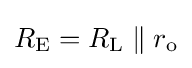
R_{\text{E}}=R_{\text{L}}\parallel r_{\text{o}}